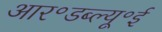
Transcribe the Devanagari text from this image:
आर॰डब्ल्यू॰ई